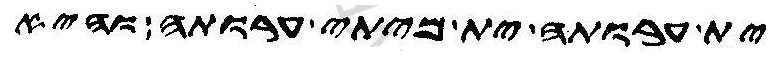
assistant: ית ערותה ית מיתי ערותה והיא